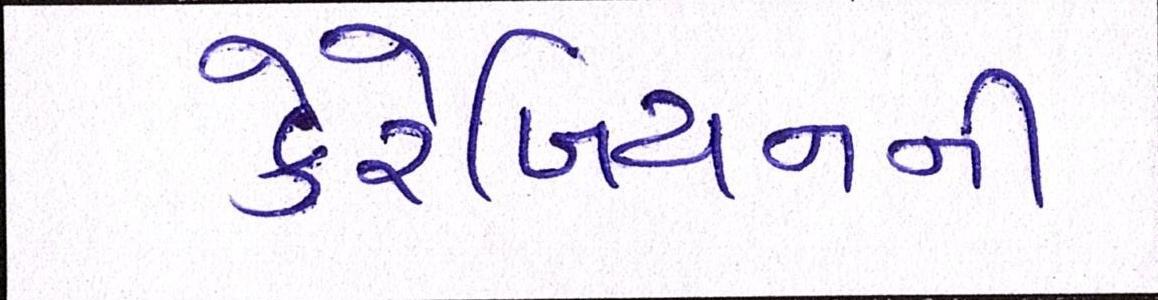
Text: કેરેબિયનની